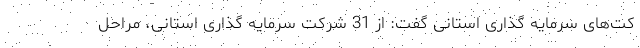
کت‌های سرمایه گذاری استانی گفت: از 31 شرکت سرمایه گذاری استانی، مراحل